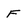
Character: f